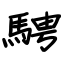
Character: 騁